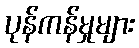
ပုန်ကန်မှုများ